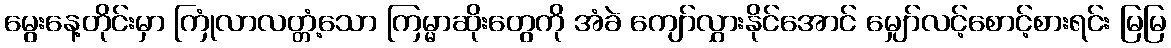
မွေးနေ့တိုင်းမှာ ကြုံလာလတ္တံ့သော ကြမ္မာဆိုးတွေကို အံခဲ ကျော်လွှားနိုင်အောင် မျှော်လင့်စောင့်စားရင်း မြမြ